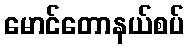
မောင်တောနယ်စပ်